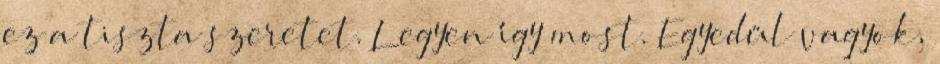
ez a tiszta szeretet. Legyen így most. Egyedül vagyok,